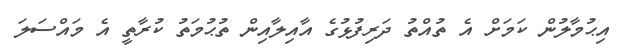
އިޙުމާލުން ކަމަށް އެ ތުއްތު ދަރިފުޅުގެ އާއިލާއިން ތުޙުމަތު ކުރާތީ އެ މައްސަލަ